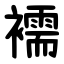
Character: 襦